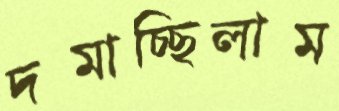
দমাচ্ছিলাম